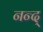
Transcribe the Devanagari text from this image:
नन्द्